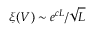
\xi ( V ) \sim e ^ { c L } / \sqrt { L }